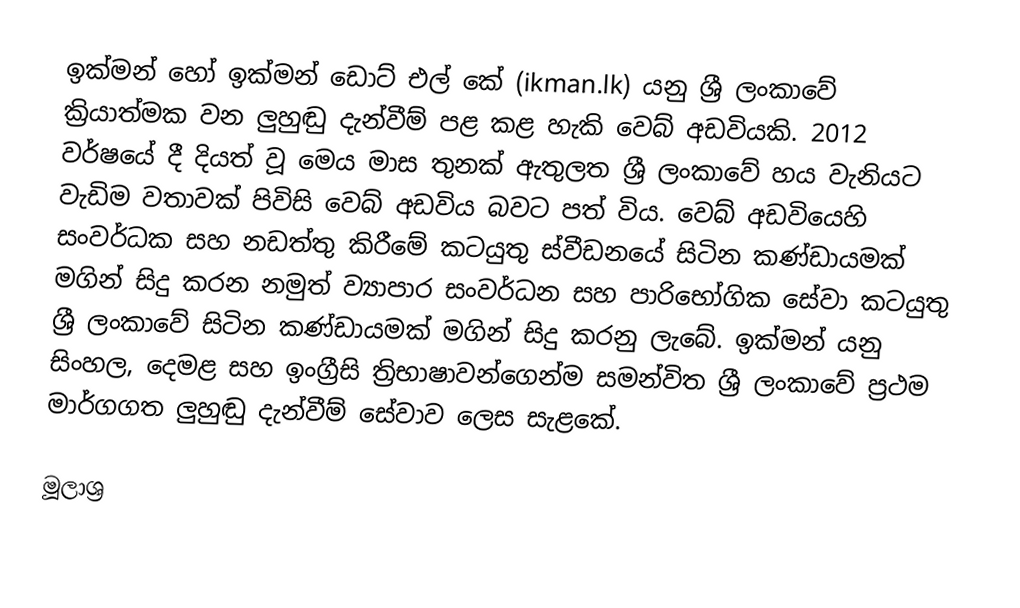
ඉක්මන් හෝ ඉක්මන් ඩොට් එල් කේ (ikman.lk) යනු ශ්‍රී ලංකාවේ ක්‍රියාත්මක වන ලුහුඬු දැන්වීම් පළ කළ හැකි වෙබ් අඩවියකි. 2012 වර්ෂයේ දී දියත් වූ මෙය මාස තුනක් ඇතුලත ශ්‍රී ලංකාවේ හය වැනියට වැඩිම වතාවක් පිවිසි වෙබ් අඩවිය බවට පත් විය. වෙබ් අඩවියෙහි සංවර්ධක සහ නඩත්තු කිරීමේ කටයුතු ස්වීඩනයේ සිටින කණ්ඩායමක් මගින් සිදු කරන නමුත් ව්‍යාපාර සංවර්ධන සහ පාරිභෝගික සේවා කටයුතු ශ්‍රී ලංකාවේ සිටින කණ්ඩායමක් මගින් සිදු කරනු ලැබේ. ඉක්මන් යනු සිංහල, දෙමළ සහ ඉංග්‍රීසි ත්‍රිභාෂාවන්ගෙන්ම සමන්විත ශ්‍රී ලංකාවේ ප්‍රථම මාර්ගගත ලුහුඬු දැන්වීම් සේවාව ලෙස සැළකේ.

මූලාශ්‍ර